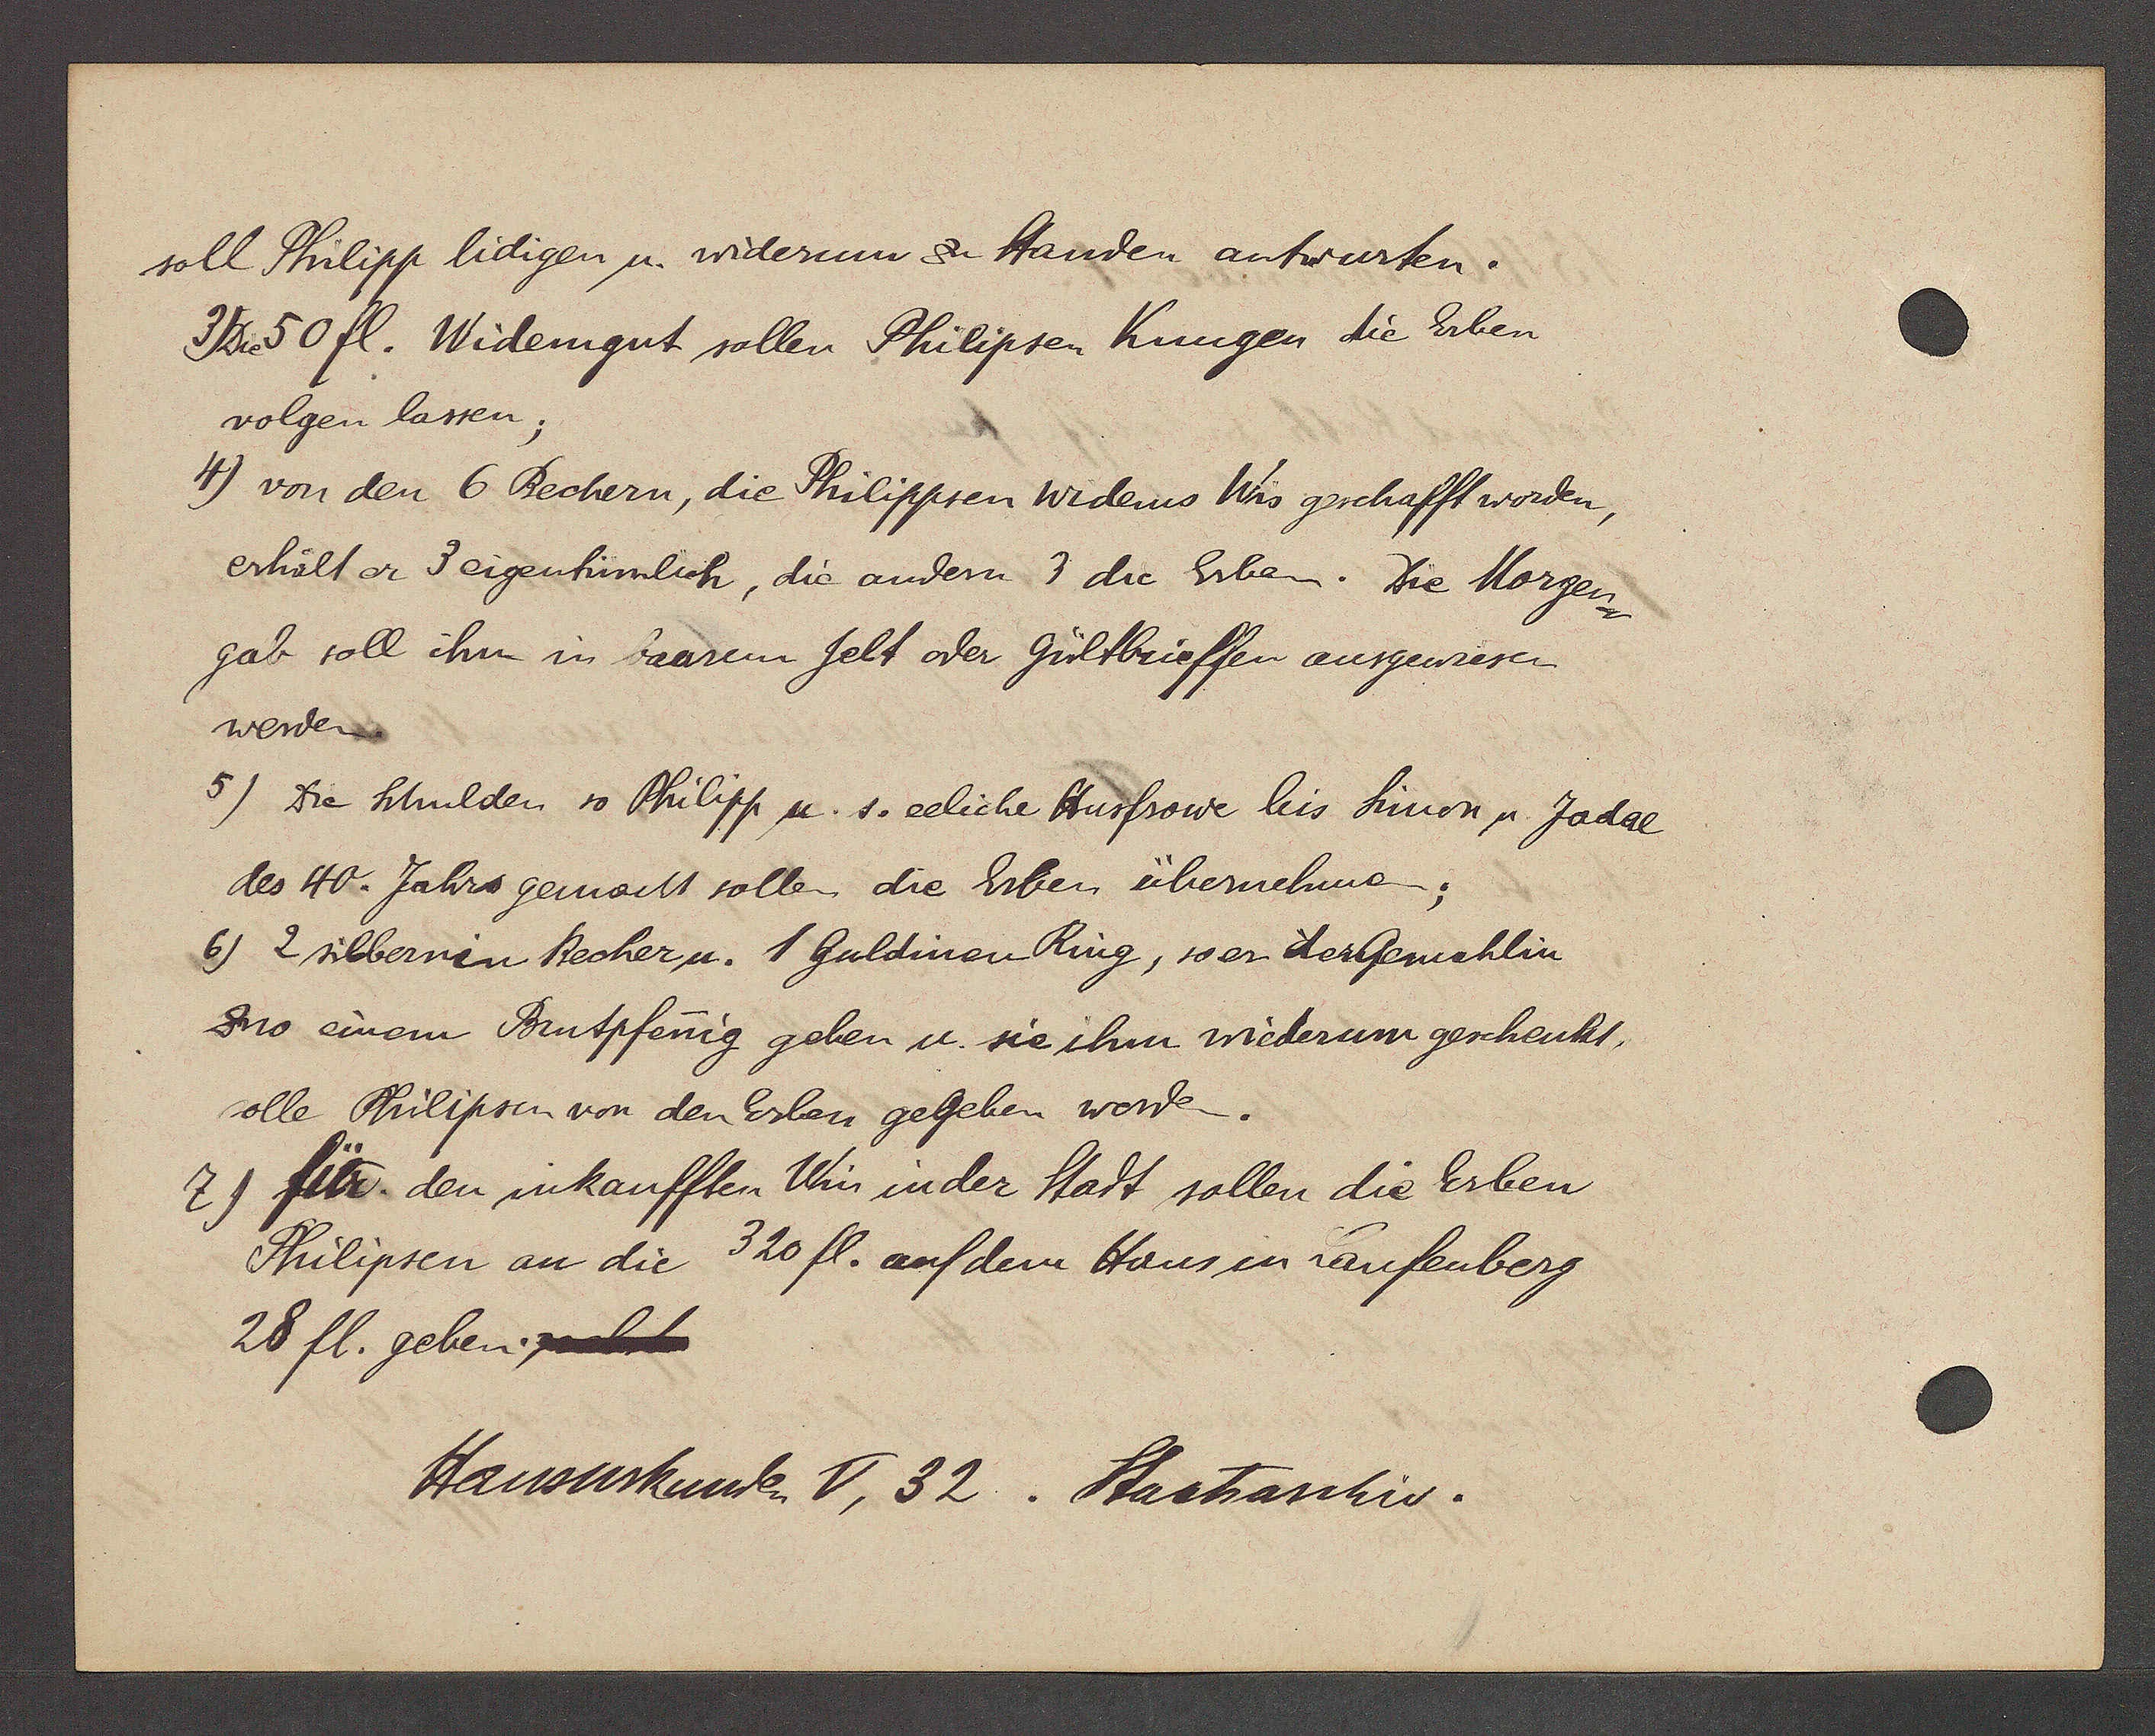
Transcript:
soll Philipp lidigen u. widerum zu Handen, antwurten.
3) Die 50 fl. Widemgut sollen Philipsen Kungen die Erben
volgen lassen;
4) von den 6 Bechern, die Philippsen widerns Wis geschafft worden,
erhält er 3 eigentümlich, die andern 3 die Erben. Die Morgen
gab soll ihm in baarem Gelt der Gültbrieffen ausgewiesen
werden.
5) Die Schulden so Philipp u. s. eeliche Husfrowe bis Simon u. Jodae
des 40. Jahrs gemacht sollen die Erben übernehmen;iberuehme
6) 2 sillbernen Becher u. 1 Guldinen Ring, so er der Gemahlin
zuo einem Brutpfenig geben u sie ihm wiederum geschenkt.
solle Philipsen von den Erlen gegeben worden.
7) für den inkaufften Ulin inder Statt sollen die Erben
Philipsen an die 320 fl. auf dem Haus in Laufenberg
28 fl. geben.

Hausurkunde V, 32. Staatsarchiv.